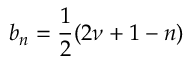
b _ { n } = \frac { 1 } { 2 } ( 2 \nu + 1 - n )